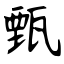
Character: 甄